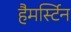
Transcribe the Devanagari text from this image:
हैमर्स्टिन